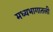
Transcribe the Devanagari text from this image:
मध्यभागातली